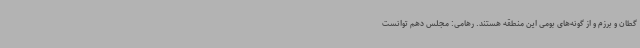
گطان و برزم و از گونه‌های بومی این منطقه هستند. رهامی: مجلس دهم توانست